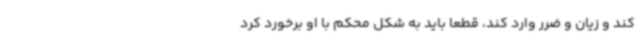
کند و زیان و ضرر وارد کند، قطعا باید به شکل محکم با او برخورد کرد